Indian journal of veterinary science and animal husbandry - Volume 9,
Year: 1939
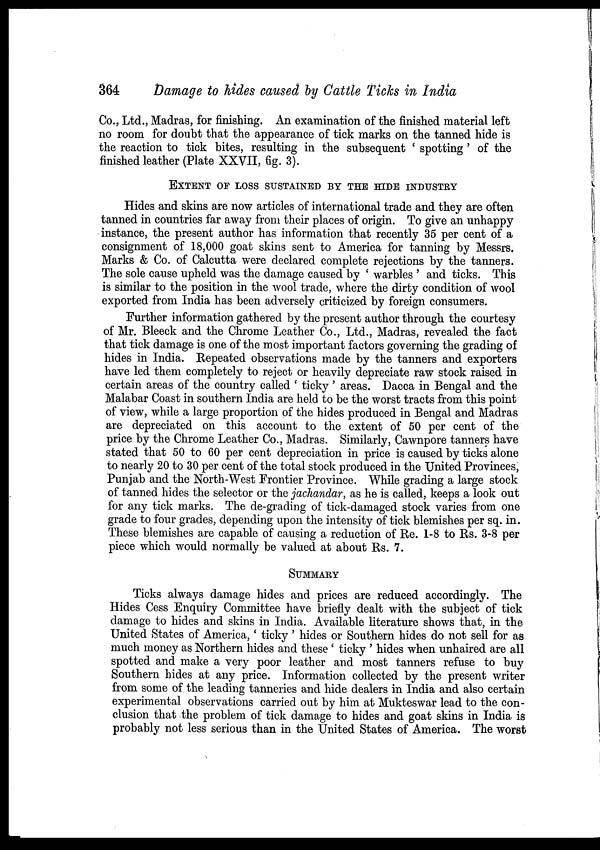
364
Damage to hides caused by Cattle Ticks in India
Co., Ltd., Madras, for finishing. An examination of the finished material left
no room for doubt that the appearance of tick marks on the tanned hide is
the reaction to tick bites, resulting in the subsequent ' spotting ' of the
finished leather (Plate XXVII, fig. 3).
EXTENT OF LOSS SUSTAINED BY THE HIDE INDUSTRY
Hides and skins are now articles of international trade and they are often
tanned in countries far away from their places of origin. To give an unhappy
instance, the present author has information that recently 35 per cent of a
consignment of 18,000 goat skins sent to America for tanning by Messrs.
Marks & Co. of Calcutta were declared complete rejections by the tanners.
The sole cause upheld was the damage caused by ' warbles ' and ticks. This
is similar to the position in the wool trade, where the dirty condition of wool
exported from India has been adversely criticized by foreign consumers.
Further information gathered by the present author through the courtesy
of Mr. Bleeck and the Chrome Leather Co., Ltd., Madras, revealed the fact
that tick damage is one of the most important factors governing the grading of
hides in India. Repeated observations made by the tanners and exporters
have led them completely to reject or heavily depreciate raw stock raised in
certain areas of the country called ' ticky ' areas. Dacca in Bengal and the
Malabar Coast in southern India are held to be the worst tracts from this point
of view, while a large proportion of the hides produced in Bengal and Madras
are depreciated on this account to the extent of 50 per cent of the
price by the Chrome Leather Co., Madras. Similarly, Cawnpore tanners have
stated that 50 to 60 per cent depreciation in price is caused by ticks alone
to nearly 20 to 30 per cent of the total stock produced in the United Provinces,
Punjab and the North-West Frontier Province. While grading a large stock
of tanned hides the selector or the jachandar, as he is called, keeps a look out
for any tick marks. The de-grading of tick-damaged stock varies from one
grade to four grades, depending upon the intensity of tick blemishes per sq. in.
These blemishes are capable of causing a reduction of Re. 1-8 to Rs. 3-8 per
piece which would normally be valued at about Rs. 7.
SUMMARY
Ticks always damage hides and prices are reduced accordingly. The
Hides Cess Enquiry Committee have briefly dealt with the subject of tick
damage to hides and skins in India. Available literature shows that, in the
United States of America,' ticky' hides or Southern hides do not sell for as
much money as Northern hides and these' ticky ' hides when unhaired are all
spotted and make a very poor leather and most tanners refuse to buy
Southern hides at any price. Information collected by the present writer
from some of the leading tanneries and hide dealers in India and also certain
experimental observations carried out by him at Mukteswar lead to the con-
clusion that the problem of tick damage to hides and goat skins in India is
probably not less serious than in the United States of America. The worst